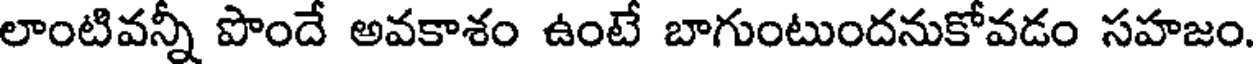
లాంటివన్నీ పొందే అవకాశం ఉంటే బాగుంటుందనుకోవడం సహజం